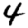
Digit: 4